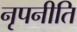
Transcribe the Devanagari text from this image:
नृपनीति